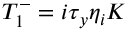
T _ { 1 } ^ { - } = i \tau _ { y } \eta _ { i } K